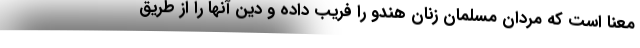
معنا است که مردان مسلمان زنان هندو را فریب داده و دین آنها را از طریق